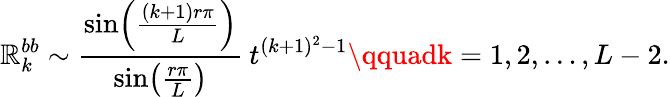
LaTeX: \mathbb{R}_{k}^{bb}\sim\frac{{\sin\! \left(\frac{{(k+1)r\pi}}{{L}}\right)}}{{\sin\! \left(\frac{{r\pi}}{{L}}\right)}}\: t^{(k+1)^{2}-1}\qquadk=1,2,\ldots,L-2.